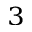
^ 3